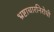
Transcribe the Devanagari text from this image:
भ्रष्टाचारनिरोधी